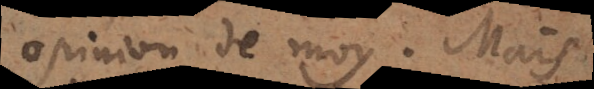
opinion de moy. Mais